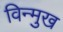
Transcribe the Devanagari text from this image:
विन्‍मुख